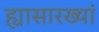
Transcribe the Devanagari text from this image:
ह्यासारख्यां